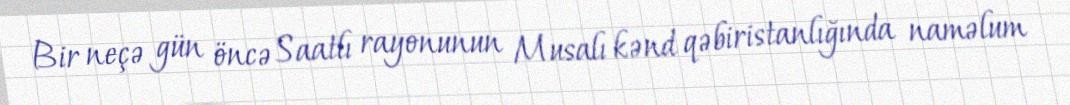
Bir neçə gün öncə Saatlı rayonunun Musalı kənd qəbiristanlığında naməlum